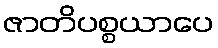
ဇာတိပစ္စယာပေ